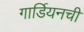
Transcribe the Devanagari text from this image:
गार्डियनची